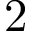
2